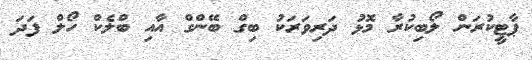
ޕާޓީކުރަން ލޯބިކުރާ މޮޅު ދަރިވަރަކު ބިގް ބޭންގް އާއި ބްލެކް ހޯލް ފަދަ